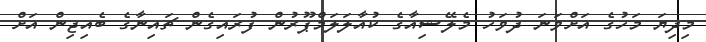
މިދިޔަ މަހުގެ އަށްވަނަ ދުވަހު މެލޭޝިއާގެ ކުއާލަލަމްޕޫރުން ފުރައިގެން ޗައިނާގެ ބެއިޖިން އަށް